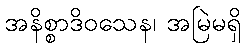
အနိစ္စာဒိဝသေန၊ အမြဲမရှိ